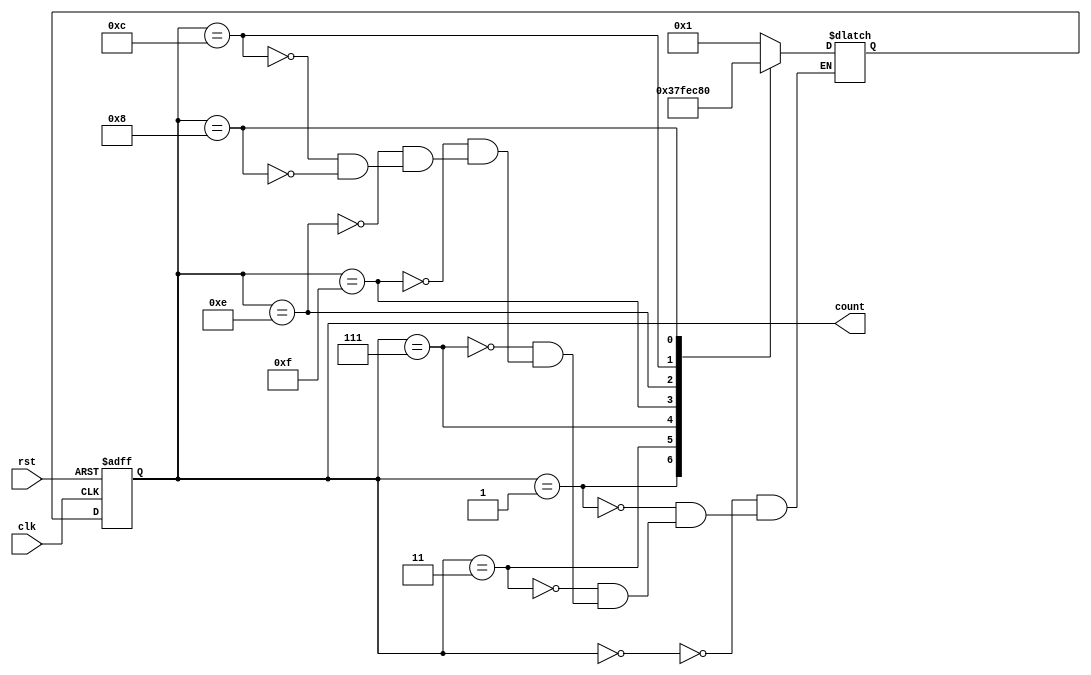
module johnson_counter (
    input wire clk,
    input wire rst,
    output reg [3:0] count
);

reg [3:0] next_count;

always @(posedge clk or posedge rst) begin
    if (rst) begin
        count <= 4'b0000;
    end else begin
        count <= next_count;
    end
end

always @(*) begin
    case(count)
        4'b0000: next_count = 4'b0001;
        4'b0001: next_count = 4'b0011;
        4'b0011: next_count = 4'b0111;
        4'b0111: next_count = 4'b1111;
        4'b1111: next_count = 4'b1110;
        4'b1110: next_count = 4'b1100;
        4'b1100: next_count = 4'b1000;
        4'b1000: next_count = 4'b0000;
    endcase
end

endmodule